Report of the Bombay Plague Committee
Disease focus: Plague
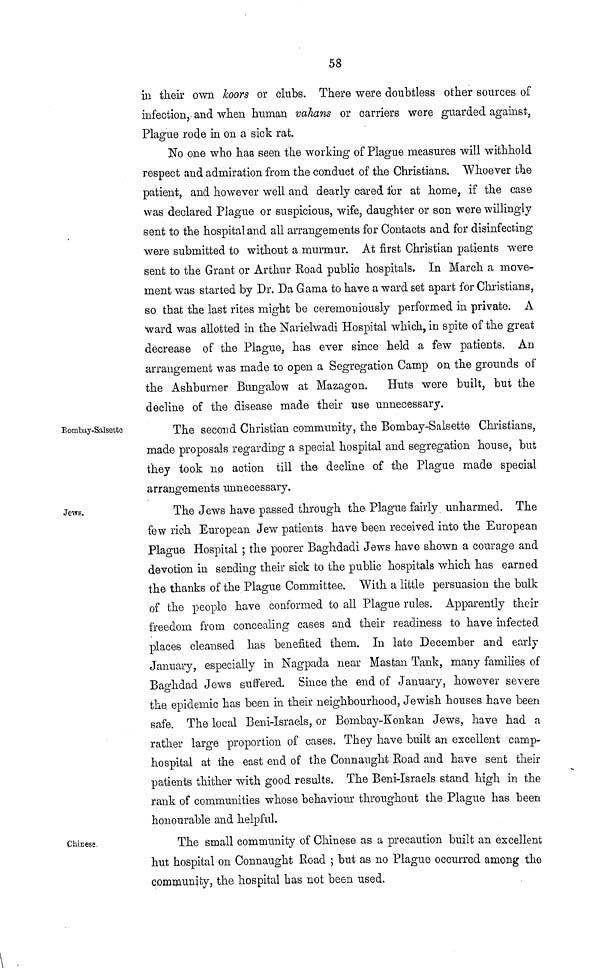
58
in their own koors or clubs. There were doubtless other sources of
infection, and when human vahans or carriers were guarded against,
Plague rode in on a sick rat.
No one who has seen the working of Plague measures will withhold
respect and admiration from the conduct of the Christians. Whoever the
patient, and however well and dearly cared for at home, if the case
was declared Plague or suspicious, wife, daughter or son were willingly
sent to the hospital and all arrangements for Contacts and for disinfecting
were submitted to without a murmur. At first Christian patients were
sent to the Grant or Arthur Road public hospitals. In March a move-
ment was started by Dr. Da Gama to have a ward set apart for Christians,
so that the last rites might be ceremoniously performed in private. A
ward was allotted in the Narielwadi Hospital which, in spite of the great
decrease of the Plague, has ever since held a few patients. An
arrangement was made to open a Segregation Camp on the grounds of
the Ashburner Bungalow at Mazagon. Huts were built, but the
decline of the disease made their use unnecessary.
Bombay-Salsette
The second Christian community, the Bombay-Salsette Christians,
made proposals regarding a special hospital and segregation house, but
they took no action till the decline of the Plague made special
arrangements unnecessary.
Jews.
The Jews have passed through the Plague fairly unharmed. The
few rich European Jew patients have been received into the European
Plague Hospital ; the poorer Baghdadi Jews have shown a courage and
devotion in seeding their sick to the public hospitals which has earned
the thanks of the Plague Committee. "With a little persuasion the bulk
of the people have conformed to all Plague rules. Apparently their
freedom from concealing cases and their readiness to have infected
places cleansed has benefited them. In late December and early
January, especially in Nagpada near Mastan Tank, many families of
Baghdad Jews suffered. Since the end of January, however severe
the epidemic has been in their neighbourhood, Jewish houses have been
safe. The local Beni-Israels, or Bombay-Konkan Jews, have had a
rather large proportion of cases. They have built an excellent camp-
hospital at the east end of the Connaught Road and have sent their
patients thither with good results. The Beni-Israels stand high in the
rank of communities whose behaviour throughout the Plague has been
honourable and helpful.
Chinese
The small community of Chinese as a precaution built an excellent
hut hospital on Connaught Road ; but as no Plague occurred among the
community, the hospital has not been used.